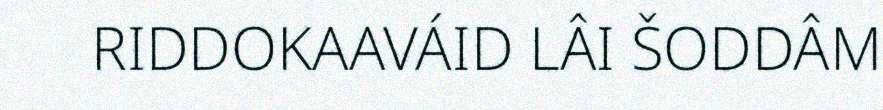
RIDDOKAAVÁID LÂI ŠODDÂM